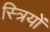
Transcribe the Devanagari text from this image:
स्‍त्रियों